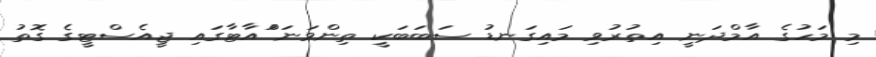
މި މަހުގެ އާމްދަނީ އިތުރުވި މައިގަނޑު ސަބަބަކީ ތިންވަނަ ްުއާޓާގައި ޖީއެސްޓީގެ ގޮތު